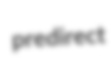
predirect